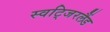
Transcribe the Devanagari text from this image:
स्वटि्जरलैंड